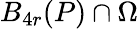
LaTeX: B_{4r}(P)\cap\Omega